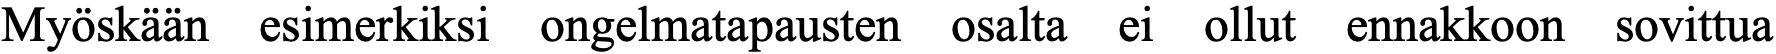
Myöskään esimerkiksi ongelmatapausten osalta ei ollut ennakkoon sovittua